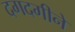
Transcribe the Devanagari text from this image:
दगदगीने